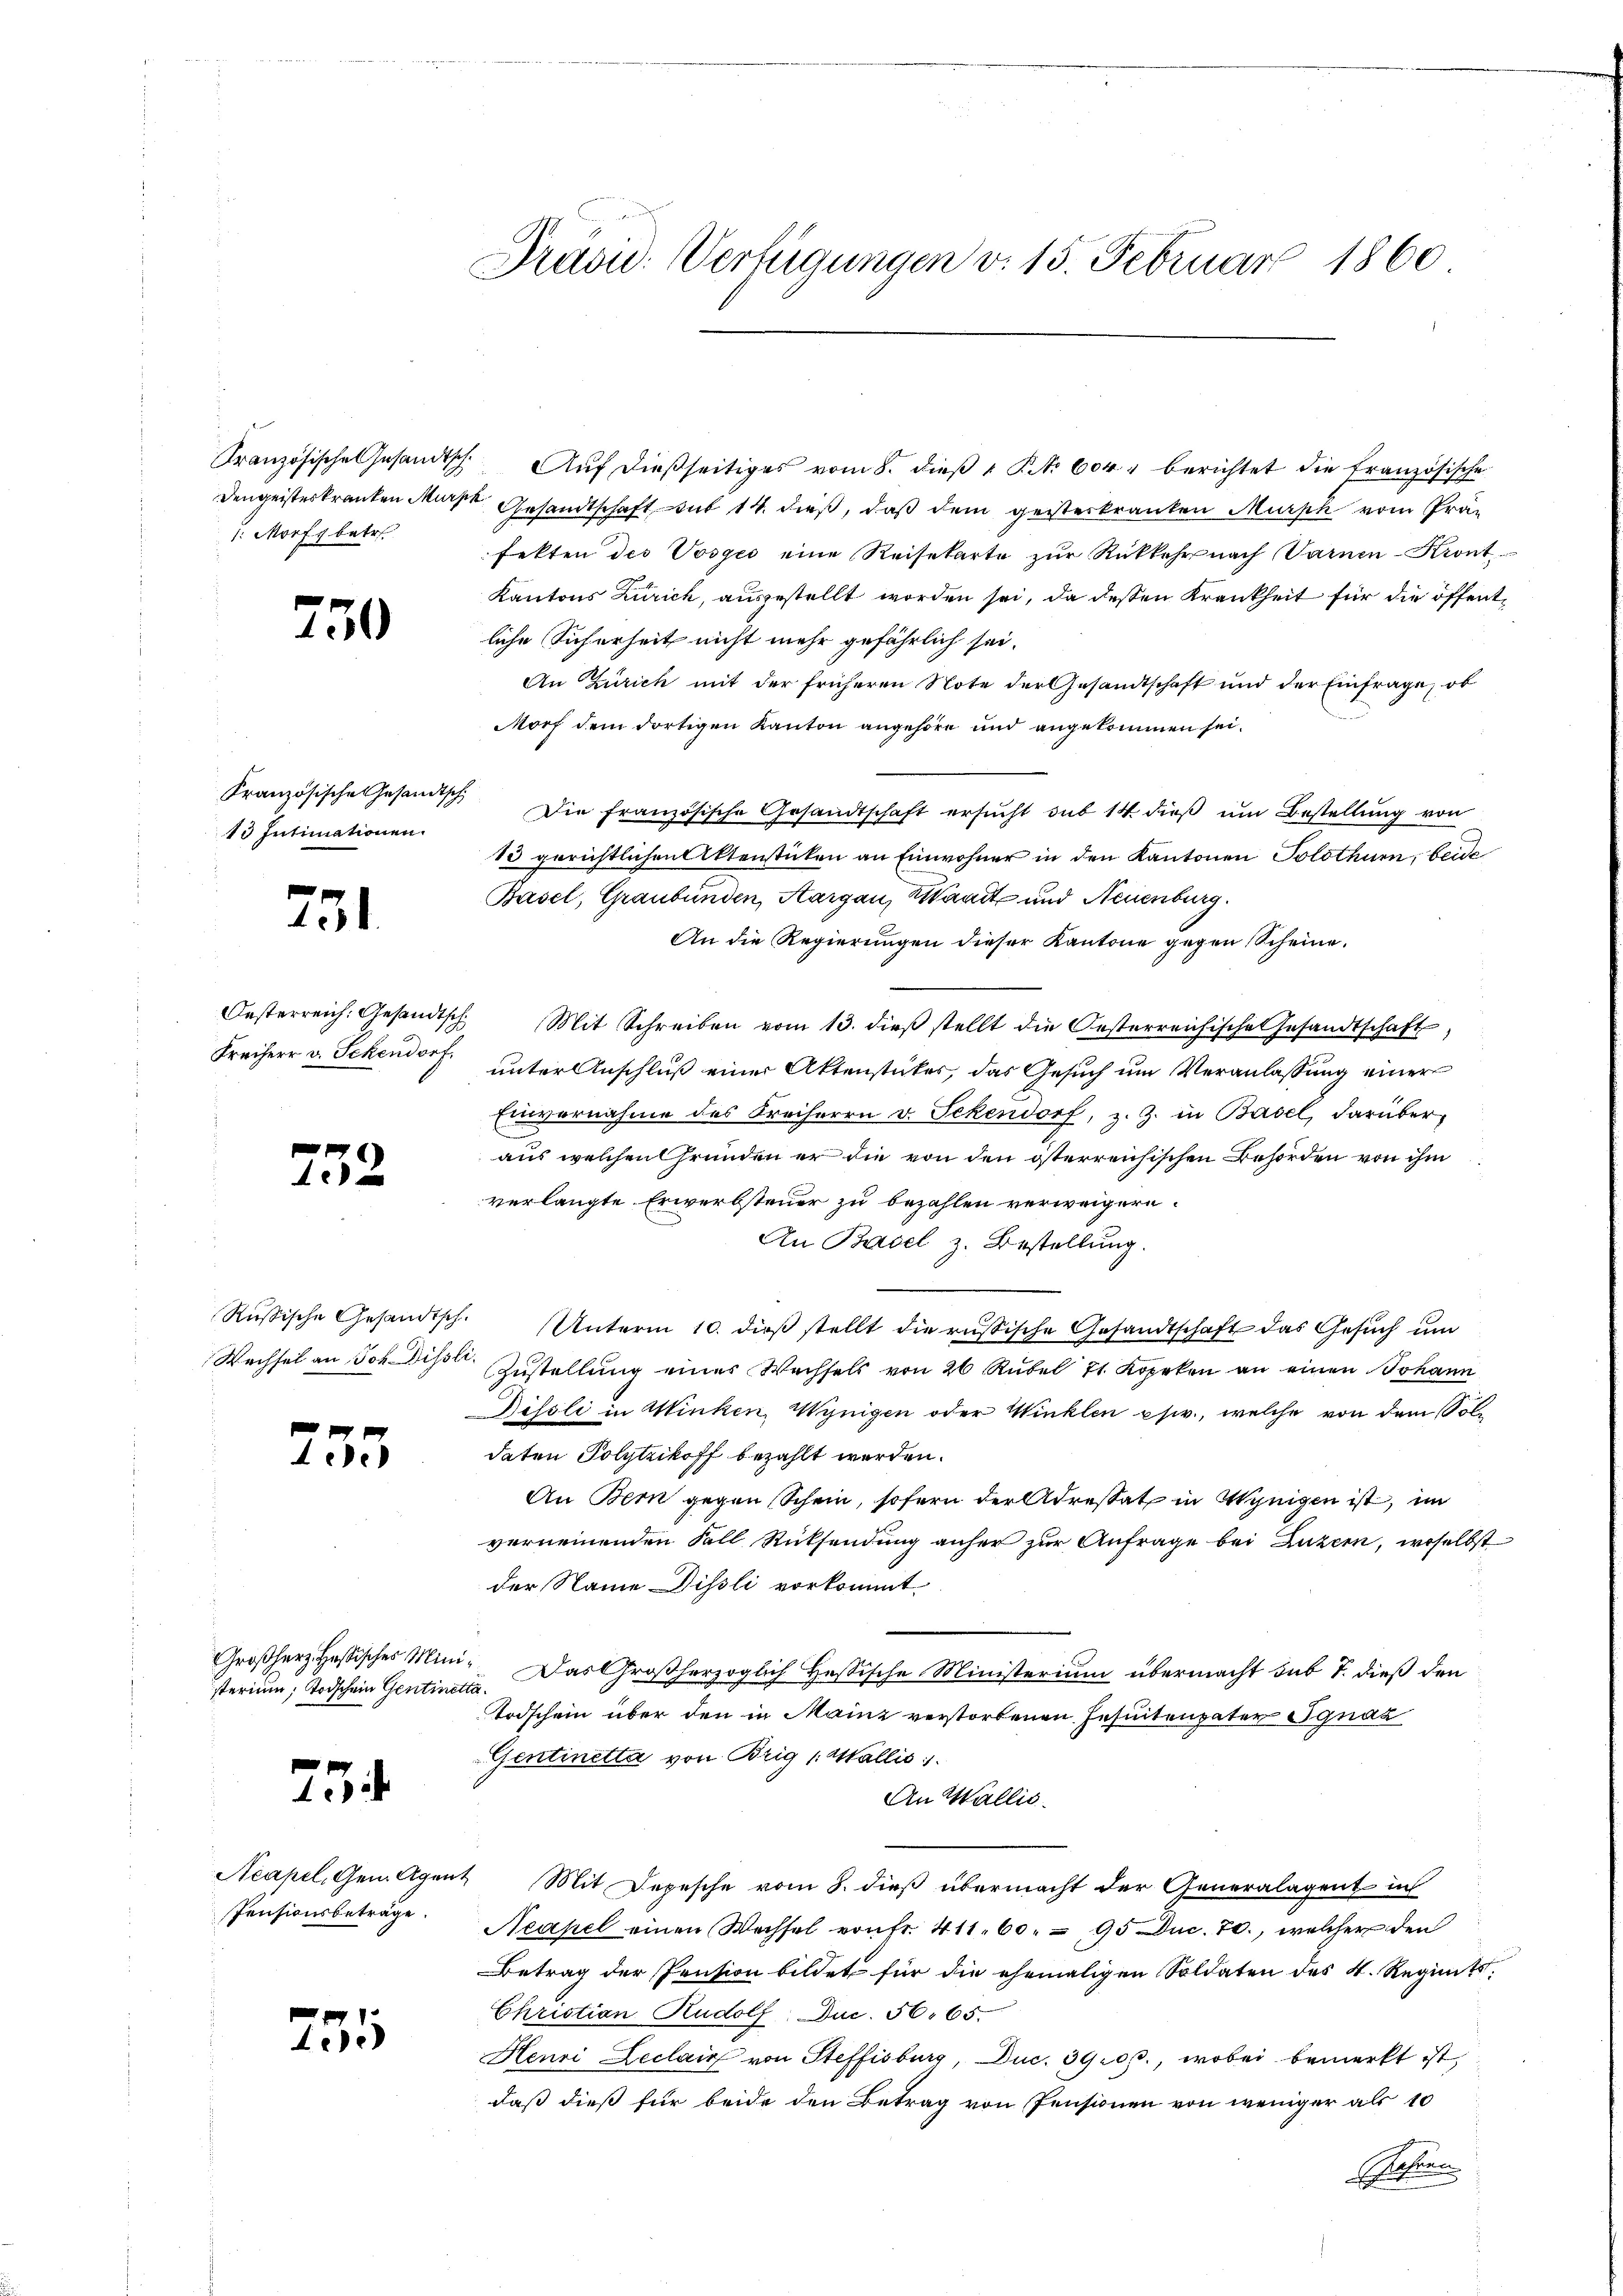
Französische Gesandtsch
Dengeisteskranken Murz
1. Morf betr.

.

30

Französische Gesandtsch
13 Intimationen.

251

Oesterreich: Gesandtsch
Freiherr v. Schendorf.

752

Russische Gesandtsch.
Wechsel an Joh. Dissli

233

Großherz esisches Mini
sterium, Todschein Gentinet

2

Neapel. Gem. Agen.
Pensionsbeträge.

251

Präsid. Verfügungen v. 15. Februar 1860

Aŭf dießseitiges vom 8. dieβ " P. Nr. 604. berichtet die Französische
Gesandtschaft sub 14. dieß, daß dem gesterkranten Murph vom Präfekten des Vosgio eine Reisekarte zŭr Rückkehr nach Varnen-Kront
Kantons Zürich, ausgestellt worden sei, da deßen Krankheit für die öffentliche Sicherheit nicht mehr gefährlich sei.
An Zürich mit der früheren Note der Gesandtschaft und der Einfrage, ob
Morf dem dortigen Kanton angehöre und angekommen sei.
Die französische Gesandtschaft ersucht sub 14 dieß um Bestellung von
13 gerichtlichen Aktenstücken an Einwohner in den Kantonen Solothurn, beide
Basel, Graubünden, Aargau, Waadt und Neuenburg.
An die Regierungen dieser Kantone gegen Scheine.
Mit Schreiben vom 13. dieβ stellt die Oesterreichische Gesandtschaft
unter Anschluß einer Aktenstücker, das Gesuch um Veranlassung einer
Einvernahme des Freiherrn v. Schendorf, z. Z. in Basel, darüber
aus welchen Gründen er die von den österreichischen Behörden von ihm
verlangte Erwerbsteuer zu bezahlen verweigern.
An Basel z. Bestellung.
Unterm 10. dieß stellt die russische Gesandtschaft das Gesuch um
Zustellung eines Wechsels von 26 Rübel 71. Kopeken an einen Johann
Kissli in Winken, Wynigen oder Winklen psr., welche von dem soldaten Polytzikoff bezahlt werden.
An Bern gegen Schein, sofern der Adressat in Wynigen ist, im
verneinenden Fall Rücksendung anher zur Anfrage bei Luzern, woselbst
der Name Dissli vorkommt.
Das Großherzoglich Hessische Ministerium übermacht sub 7. dieß den
Todschein über den in Mainz verstorbenen Jesuitenpater Ignaz
Gentinetta von Brig (Wallis.
An Wallis.
Mit Depesche vom 8. dieß übermacht der Generalagent in
Neapel einen Wechsel von fr. 411. 60. 95 Duc. 70., welcher den
Betrag der Pension bildet für die ehemaligen Soldaten des K. Regiats-
Christian Rudolf Duc. 56. 65.
Henri Leclain von Steffisburg, Duc. 390, wobei bemerkt ist,
daß dieß für beide den Betrag von Pensionen von weniger als 10
Jahren